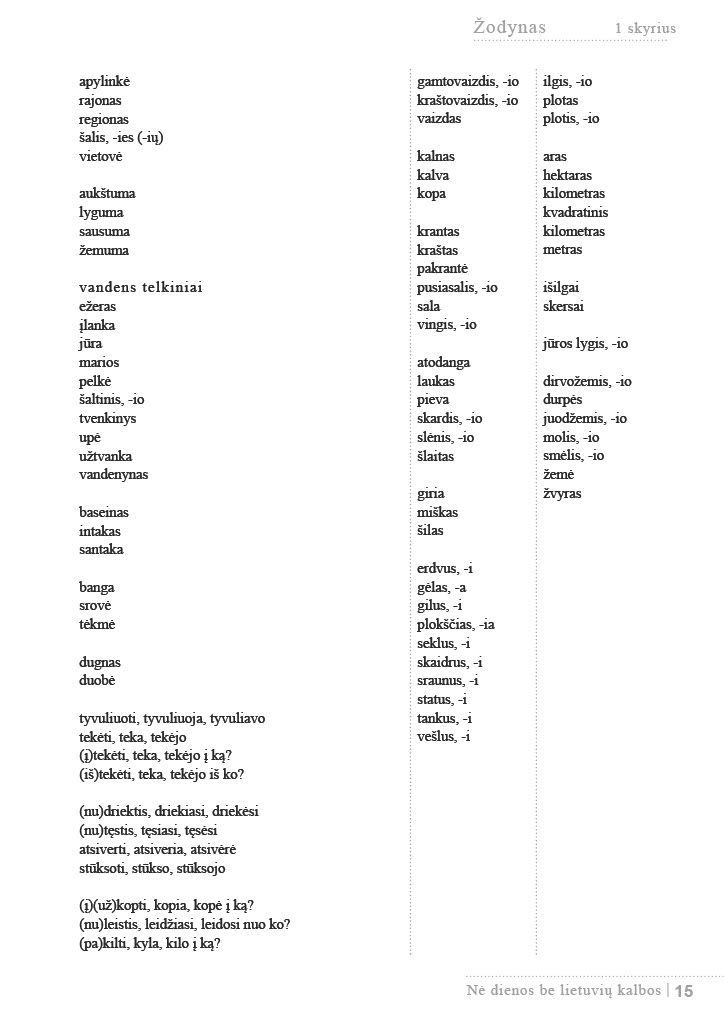
Language: lt